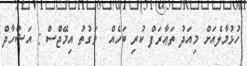
ހުޅުމާލެއަށް މިއަދު ތަޢާރަފް ކުރި ބަހެއް  ވަގުތު އިމޭޖްސް : އަޝްހާދް